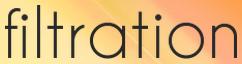
filtration